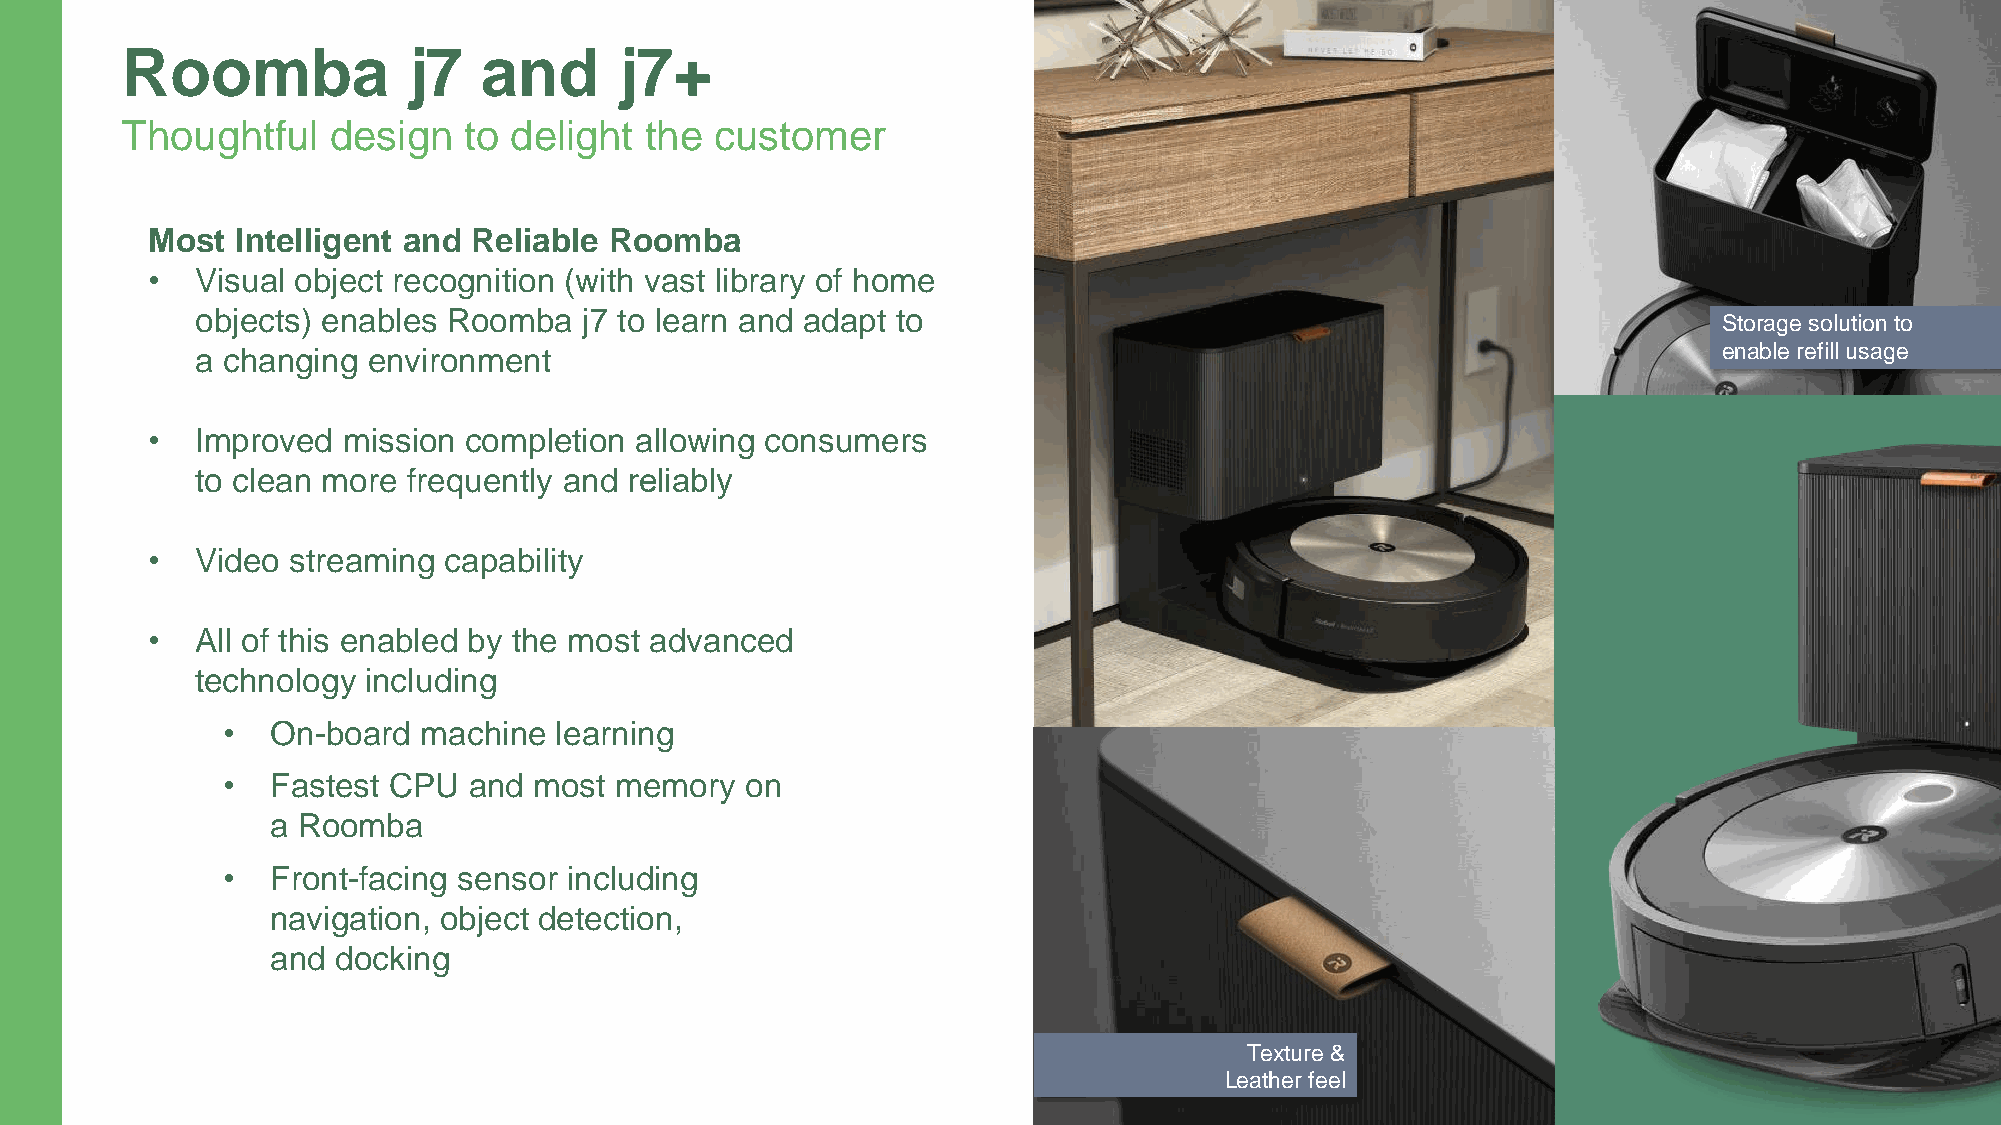
Roomba             j7   and      j7+
 Thoughtful    design   to delight  the customer
 Most  Intelligent and Reliable Roomba
 •  Visual object recognition (with vast library of home
 objects) enables Roomba   j7 to learn and adapt to
 Storage solution to
 a changing environment                                                                               enable refill usage
 •  Improved  mission completion allowing consumers
 to clean more frequently and reliably​
 •  Video streaming capability
 •  All of this enabled by the most advanced
 technology including
 •  On-board  machine  learning
 •  Fastest CPU  and most  memory  on
 a Roomba
 •  Front-facing sensor including
 navigation, object detection,
 and docking
 Texture &
 Leather feel                                  70